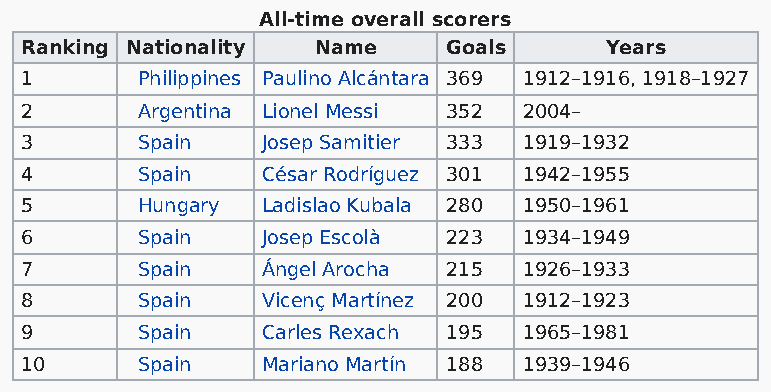
All-time overall scorers
 Ranking Nationality Name     Goals     Years
 1       Philippines Paulino Alcántara 369 1912–1916, 1918–1927
 2       Argentina Lionel Messi 352 2004–
 3       Spain   Josep Samitier 333 1919–1932
 4       Spain   César Rodríguez 301 1942–1955
 5       Hungary Ladislao Kubala 280 1950–1961
 6       Spain   Josep Escolà 223  1934–1949
 7       Spain   Ángel Arocha 215  1926–1933
 8       Spain   Vicenç Martínez 200 1912–1923
 9       Spain   Carles Rexach 195 1965–1981
 10      Spain   Mariano Martín 188 1939–1946